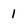
Character: 1